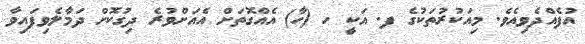
އުފެއްދެވިއެވެ. މިއަކުރުތަކުގެ ފ. އަކީ ހ (ހާ) އެއްގޮތަށް އެއަށްވުރެ ދިގުކޮށް ދަމާލެވިފައިވާ